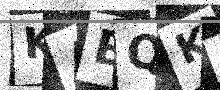
Text: KAEQKL